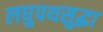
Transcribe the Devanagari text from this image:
लघुपथसुद्धा